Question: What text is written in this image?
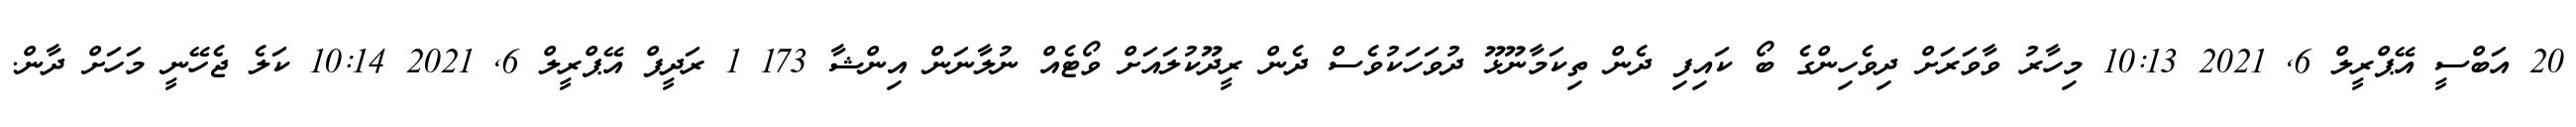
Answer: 20 އަބްސީ އޭޕްރީލް 6, 2021 10:13 މިހާރު ވާވަރަށް ދިވެހިންގެ ބޯ ކައިފި ދެން ތިކަމާނޫޅޫ ދުވަހަކުވެސް ދެން ރީދޫކުލައަށް ވޯޓެއް ނުލާނަން އިންޝާ 173 1 ރަދީފް އޭޕްރީލް 6, 2021 10:14 ކަލެ ޖެހޭނީ މަހަށް ދާން.